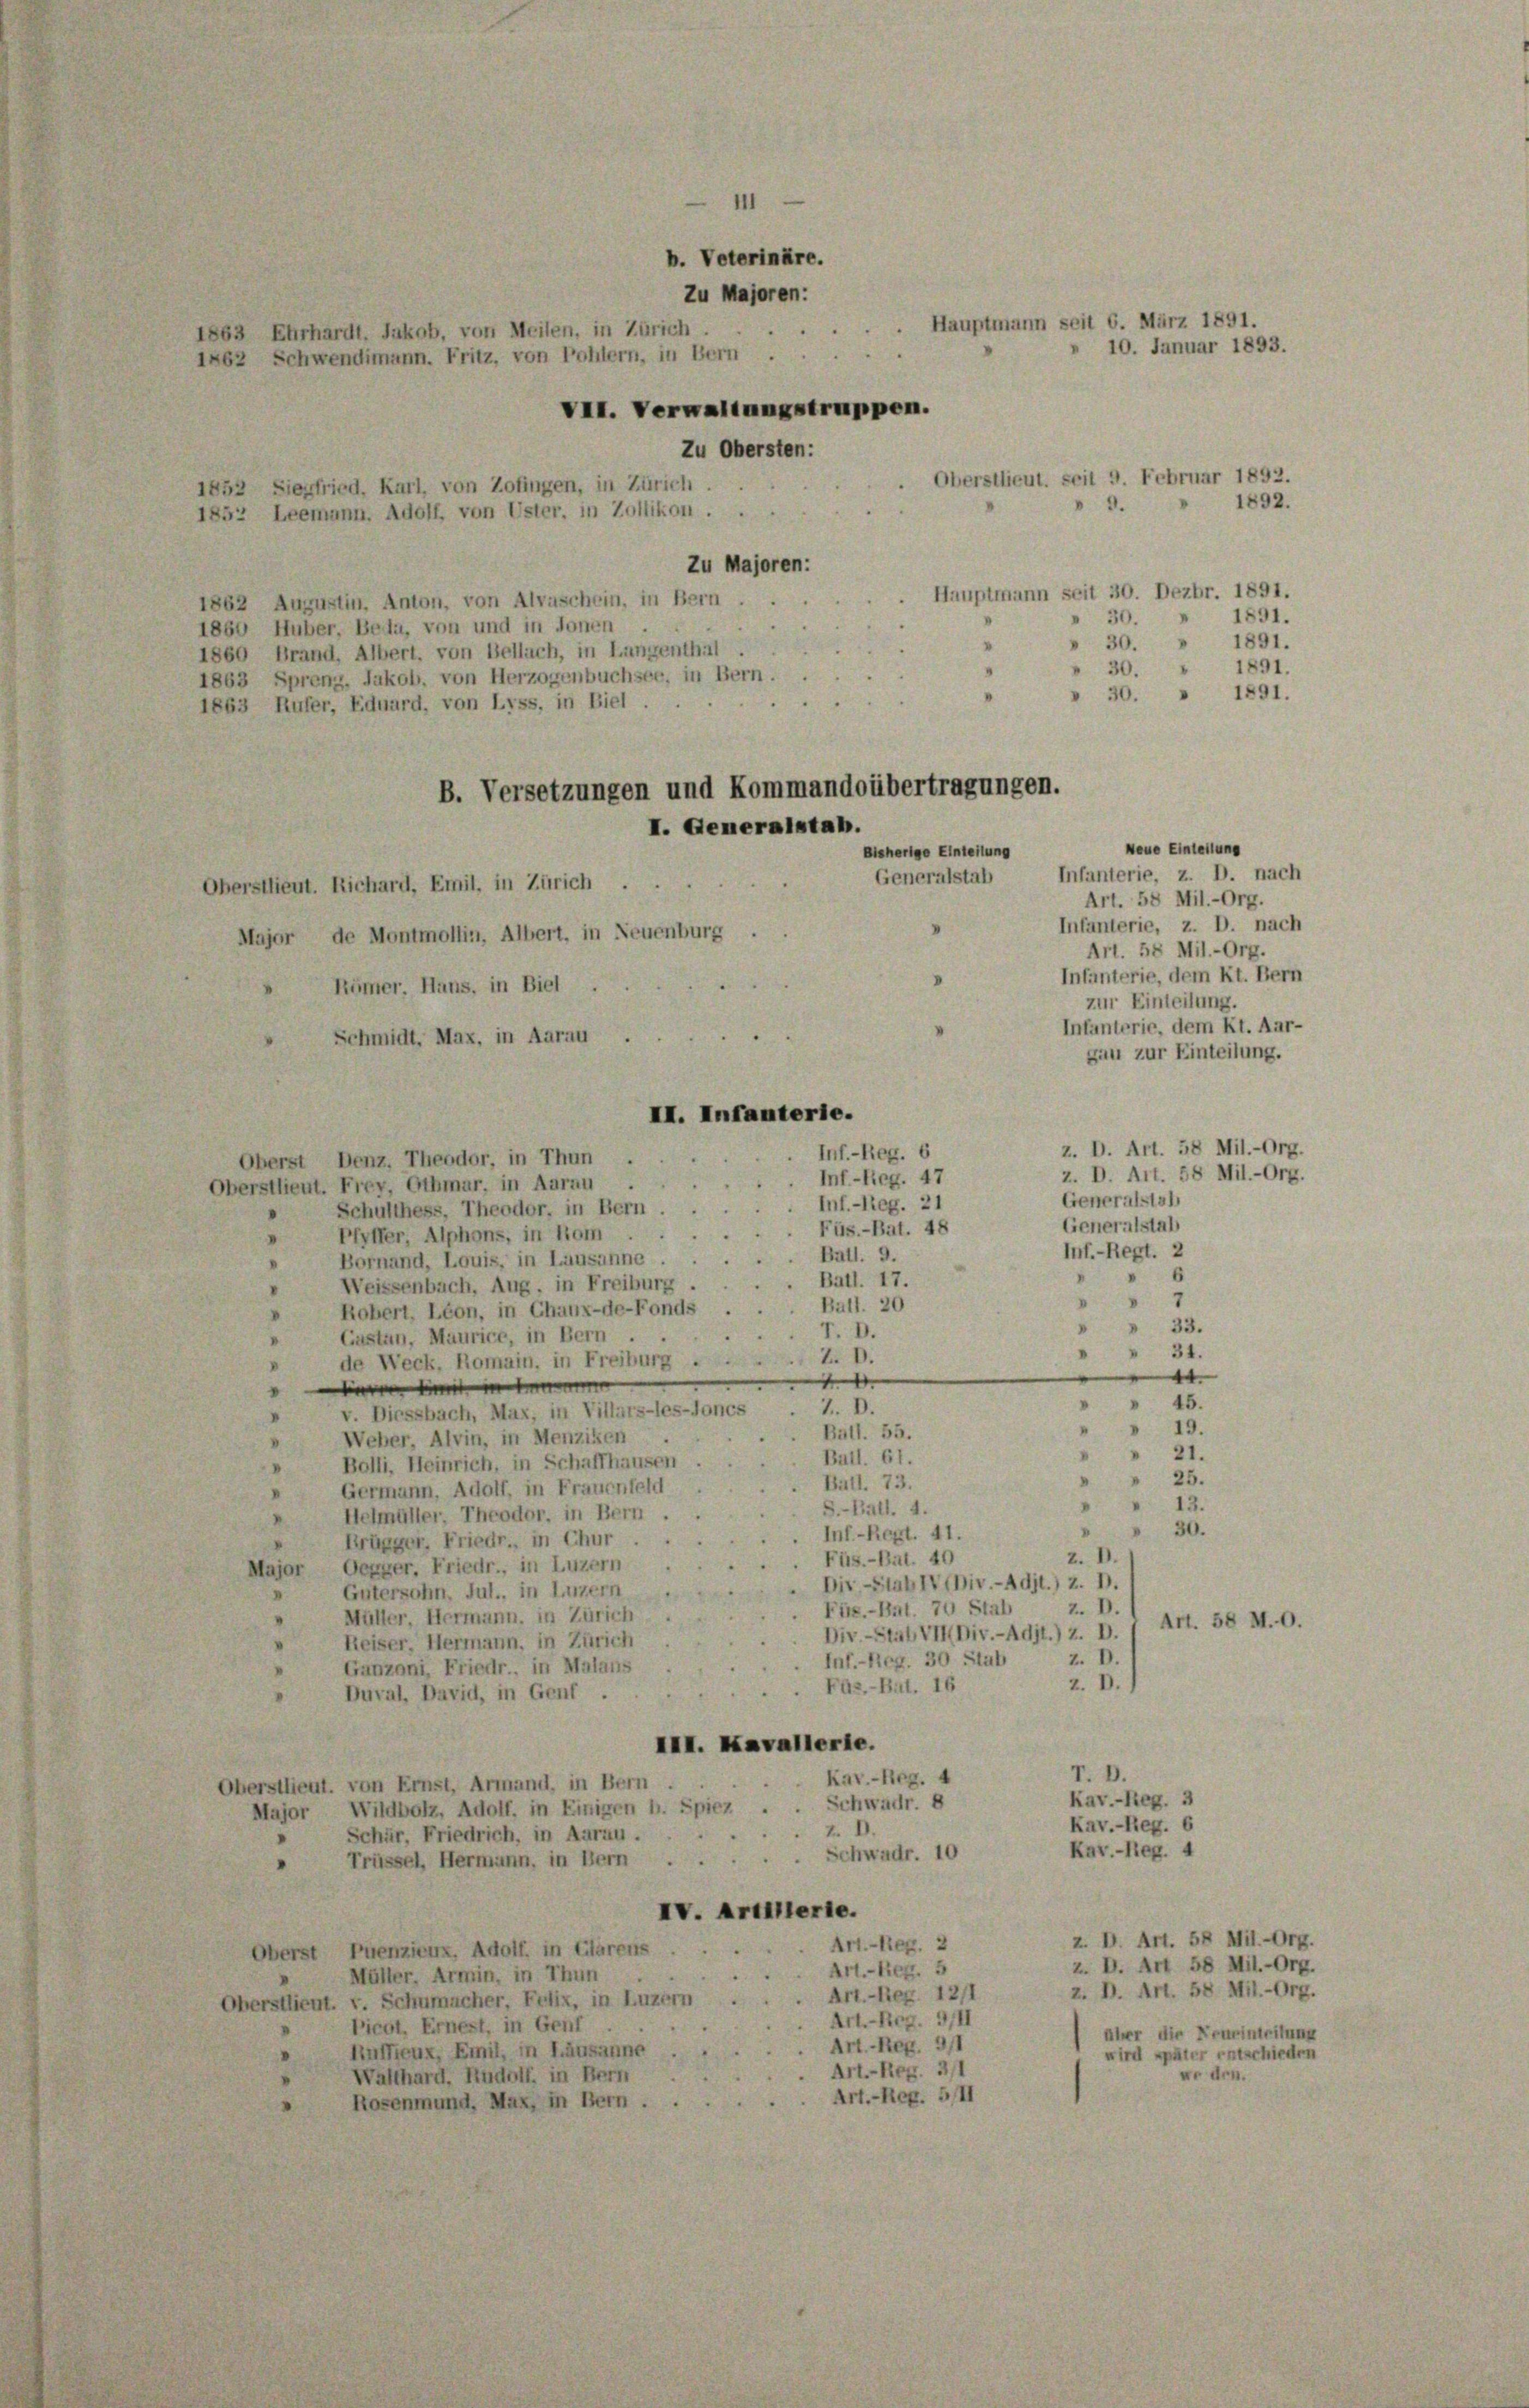
1863 Ehrhardt. Jakob, von Meilen, in Zürich.

1652 Siegfried, Karl, von Zofingen, in Zürich.
1852 Leemann. Adolf, von Uster, in Zollikon.

Zu Majoren:
Hauptmann seit 30. Dezbr. 1891.
1862 Augustin, Anton, von Alvaschein, in Bern.
1891.
30.
1860 Huber, Beda, von und in donen .
1891.
 30.
"
1860 Brand, Albert. von Bellach, in Langenthal
1891.
" 30.
1863 Sprenz, Jakob, von Herzogenbuchsee, in Bern.
» 30. » 1891.
1863 Rufer, Eduard, von Lyss, in Biel
B. Versetzungen und Kommandoübertragungen.

Bisherige Einteilung
Generalstab
Oberstlieut. Richard, Emil, in Zürich ..

b. Veterinäre.
Zu Majoren:
 Hauptmann seit 6. März 1891.
» 10. Januar 1893.
1862 Schwendimann. Fritz, von Pohlern, in Bern.
VII. Verwaltungstruppen.
Zu Obersten:
Oberstlieut. seit 9. Februar 1892.
1892.
 9.

Infanterie, z. D. nach
Art. 58 Mil.-Org.
Infanterie, z. D. nach
Major de Montmollin, Albert, in Neuenburg .
Art. 58 Mil.-Org.
Infanterie, dem Kt. Bern
Rümer, Hans, in Biel .
zur Einteilung.
Infanterie, dem Kt. Aar-
Schmidt, Max, in Aarau
gau zur Einteilung.
z. D. Art. 58 Mil.-Org.
Inf.-Reg. 6
Oberst Denz, Theodor, in Thun
z. D. Art. 58 Mil.-Org.
Inf-Reg. 47
Oberstlieut. Frey, Othmar, in Aarau .
Generalstal
Inf.-Reg. 21
Schulthess, Theodor, in Bern
"
Generalstab
Füs.-Bat. 48
 Pfyffer, Alphons, in Kom
Inf.-Regt. 2
Batl. 9.
Bornand, Louis, in Lausanne
6
Batl. 17.
Weissenbach, Aug. in Freiburg
7
Ball. 20
Robert, Léon, in Chaux-de-Fonds .
33.
r. D.
Gustan, Maurice, in Bern .
31.
Z. D.
de Weck, Romain, in Freiburg
44.
4
" " 45.
7. D.
v. Diessbach, Max, in Villars-les-Joncs
» 19.
Ball. 55.
Weber, Alvin, in Menziken
21.
Bail. 61.
Bolli, Heinrich, in Schaffhausen
 25.
Ball. 73.
Germann, Adolf, in Frauenfeld
» 13.
.
S.-Batl. 4.
Helmüller, Theodor, in Bern
30.
V
.Inf.-Regt. 41.
Brügger, Friedr., in Chur
Z. D.
Füs.-Bat. 40
Major Oegger, Friedr., in Luzern
Dir-Stab IV(Div.-Adit.) z. D.
Gütersohn, Jul., in Luzern
2. D.
Fiz.-Bat. 79 Stab
Müller, Hermann, in Zürich
Art. 58 M. O.
Div.-Stab VII Div.-Adjt.) z. D.
Reiser. Hermann, in Zürich
z. B.
Inf.-Reg. 30 Stab
Ganzoni, Friedr., in Malans
z. D.
FAs.-Bat. 16
Duval, David, in Genf .
III. Kavallerte.
T. D.
Kav.-Reg. 4
Oberstlieut. von Ernst, Armand, in Bern
Kav.-Reg. 3
Schwadr. 8
Major Wildbolz, Adolf, in Einigen h. Spiez
Kav.-Reg. 6
Z. D.
Schär, Friedrich, in Aarau .
Kav.-Reg. 4
Schwadr. 10
Trüssel, Hermann, in Bern . .
IV. Artillerie.
z. U. Art. 58 Mil.-Org.
Art. - Reg. 2
Oberst Puenzieux, Adolf in Clarens
z. U. Art 58 Mil.-Org.
Art. - Reg. 5
Müller. Armin, in Thun
z. B. Art. 58 Mil.-Org.
Art. -liez. 12/1
Oberstlieut. v. Schumacher, Felix, in Luzern
. Art. - Reg. 9/II
Picot, Ernest, in Genf
Aber die Neueintritung
Art. - Reg. 9/1
Anffeux, Emil, in Lausanne
wird später entschieden
Art. - Reg. 3/1
ve den.
Walthard, Rudolf, in Bern
Art. - Reg. 511
Rosenmund, Max, in Bern . .

I. Generalstab.

II. Infanterie.

Neue Einteilung